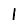
Digit: 1